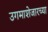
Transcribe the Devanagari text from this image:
उगमाशेजारच्या